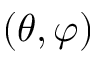
( \theta , \varphi )